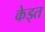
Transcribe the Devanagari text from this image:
केड्त